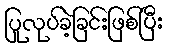
ပြုလုပ်ခဲ့ခြင်းဖြစ်ပြီး